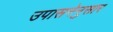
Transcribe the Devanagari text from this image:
उपासनेनुसार